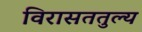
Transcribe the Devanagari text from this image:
विरासततुल्य